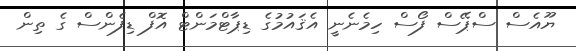
ޔޫއެސް ސްޕޭސް ފޯސް ހިމެނެނީ އެޤައުމުގެ ޑިޕާޓްމަންޓް އޮފް ޑިފެންސް ގެ ތިން